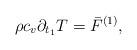
LaTeX: \begin{align*}\rho c_v \partial_ {t_1}T= {\bar F}^{(1)},\end{align*}